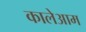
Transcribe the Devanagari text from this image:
कालेआम